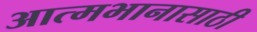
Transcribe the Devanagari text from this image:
आत्मभानासाठी